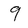
Character: 9